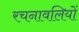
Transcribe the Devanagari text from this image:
रचनावलियों